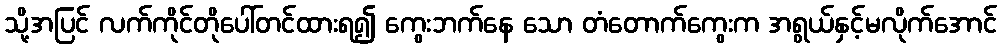
သို့အပြင် လက်ကိုင်တိုပေါ်တင်ထားရ၍ ကွေးဘက်နေ သော တံတောက်ကွေးက အရွယ်နှင့်မလိုက်အောင်